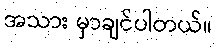
အသား မှာချင်ပါတယ်။